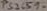
Text: PS2501